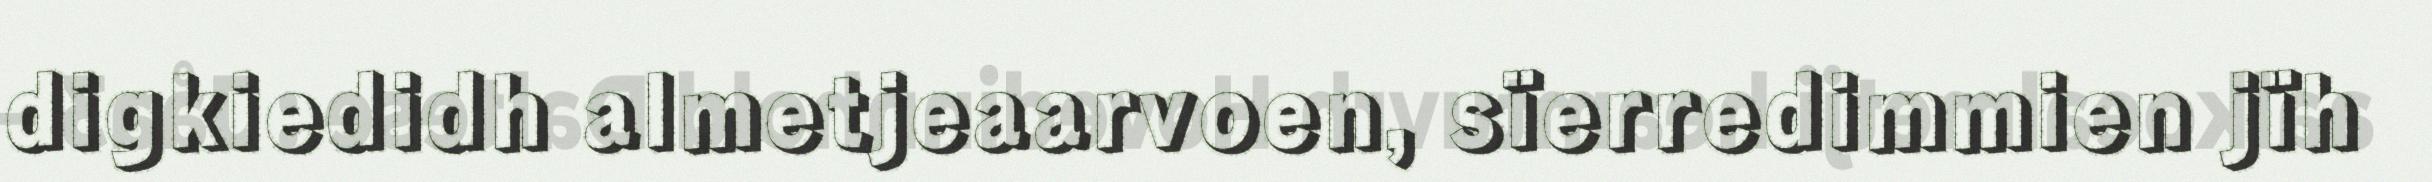
digkiedidh almetjeaarvoen, sïerredimmien jïh